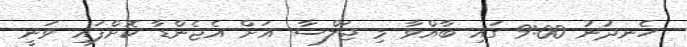
ހެނދުނު 9:00 ގައި ބާއްވާ މި ޖަލްސާ އަށް އެޖެންޑާ ކޮށްފައި ވަނީ